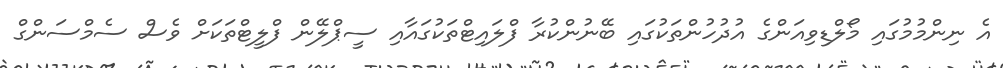
އެ ނިންމުމުގައި މޯލްޑިވިއަންގެ އުދުހުންތަކުގައި ބޭނުންކުރާ ފްލައިޓްތަކުގައާއި ސީޕްލޭން ފްލީޓްތަކަށް ވެސް ސެމްސަންގް